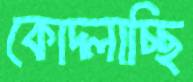
কোদ্‌লাচ্ছি